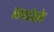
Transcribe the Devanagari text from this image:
समशेरके